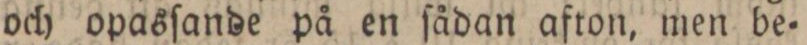
och opasſande på en ſådan afton, men be=